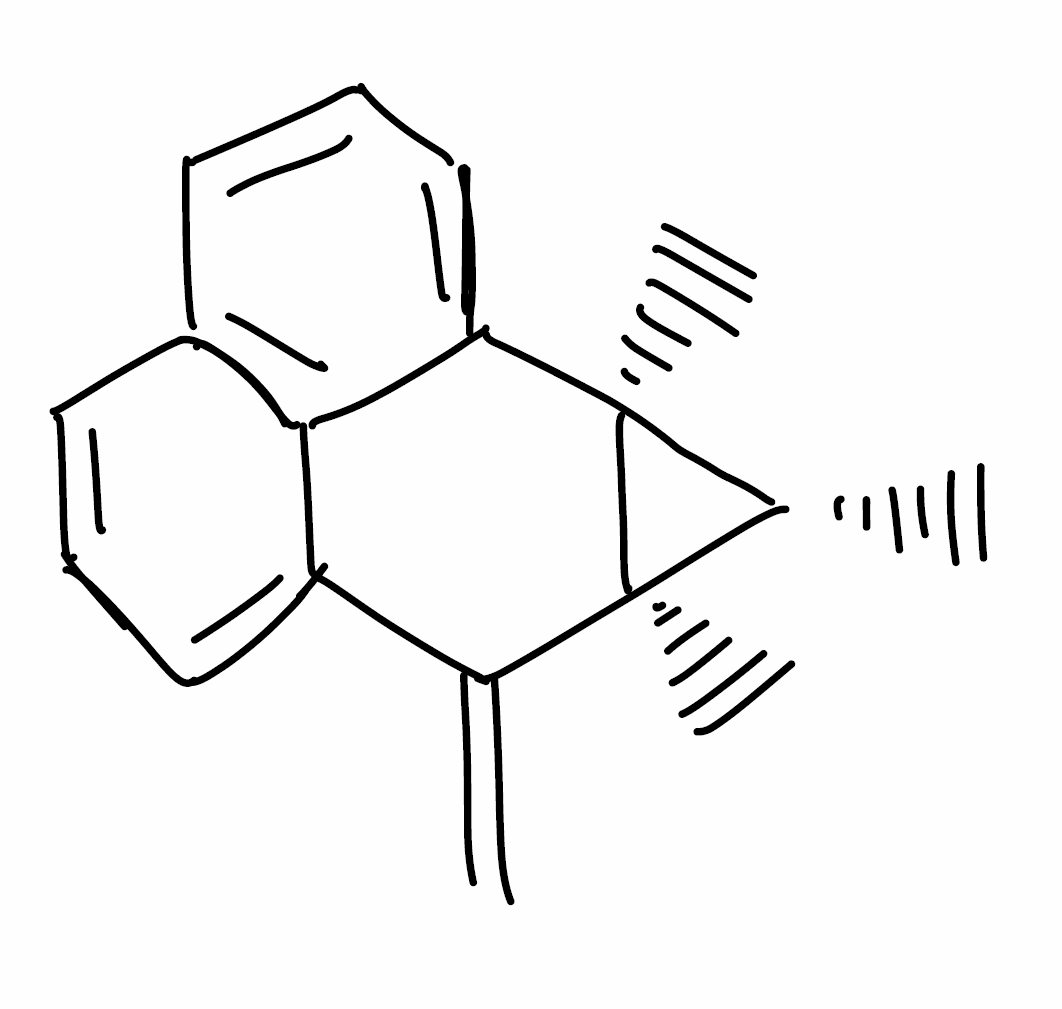
Simplified molecular-input line-entry system (SMILES) notation of the given molecule:
C[C@@H]1[C@@]2([C@]1(C3=CC=CC4=C3C(=CC=C4)C2=C)C)C